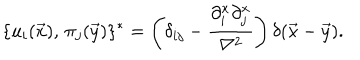
\{ u _ { i } ( \vec { x } ) , \, \pi _ { j } ( \vec { y } ) \} ^ { * } = \left( \delta _ { i j } - { \frac { \partial _ { i } ^ { x } \partial _ { j } ^ { x } } { \nabla ^ { 2 } } } \right) \delta ( \vec { x } - \vec { y } ) .